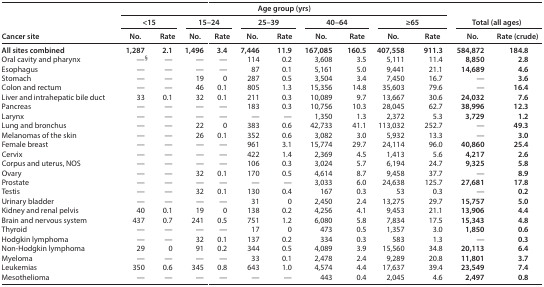
<table><thead><tr><td rowspan="3"><b>Cancer site</b></td><td colspan="10"><b>Age group (yrs)</b></td><td rowspan="2" colspan="2"><b>Total (all ages)</b></td></tr><tr><td colspan="2"><b>&lt;15</b></td><td colspan="2"><b>15–24</b></td><td colspan="2"><b>25–39</b></td><td colspan="2"><b>40–64</b></td><td colspan="2"><b>≥65</b></td></tr><tr><td><b>No.</b></td><td><b>Rate</b></td><td><b>No.</b></td><td><b>Rate</b></td><td><b>No.</b></td><td><b>Rate</b></td><td><b>No.</b></td><td><b>Rate</b></td><td><b>No.</b></td><td><b>Rate</b></td><td><b>No.</b></td><td><b>Rate (crude)</b></td></tr></thead><tbody><tr><td><b>All sites combined</b></td><td><b>1,287</b></td><td><b>2.1</b></td><td><b>1,496</b></td><td><b>3.4</b></td><td><b>7,446</b></td><td><b>11.9</b></td><td><b>167,085</b></td><td><b>160.5</b></td><td><b>407,558</b></td><td><b>911.3</b></td><td><b>584,872</b></td><td><b>184.8</b></td></tr><tr><td>Oral cavity and pharynx</td><td>—<sup>§</sup></td><td>—</td><td>—</td><td>—</td><td>114</td><td>0.2</td><td>3,608</td><td>3.5</td><td>5,111</td><td>11.4</td><td><b>8,850</b></td><td><b>2.8</b></td></tr><tr><td>Esophagus</td><td>—</td><td>—</td><td>—</td><td>—</td><td>87</td><td>0.1</td><td>5,161</td><td>5.0</td><td>9,441</td><td>21.1</td><td><b>14,689</b></td><td><b>4.6</b></td></tr><tr><td>Stomach</td><td>—</td><td>—</td><td>19</td><td>0</td><td>287</td><td>0.5</td><td>3,504</td><td>3.4</td><td>7,450</td><td>16.7</td><td>—</td><td><b>3.6</b></td></tr><tr><td>Colon and rectum</td><td>—</td><td>—</td><td>46</td><td>0.1</td><td>805</td><td>1.3</td><td>15,356</td><td>14.8</td><td>35,603</td><td>79.6</td><td>—</td><td><b>16.4</b></td></tr><tr><td>Liver and intrahepatic bile duct</td><td>33</td><td>0.1</td><td>32</td><td>0.1</td><td>211</td><td>0.3</td><td>10,089</td><td>9.7</td><td>13,667</td><td>30.6</td><td><b>24,032</b></td><td><b>7.6</b></td></tr><tr><td>Pancreas</td><td>—</td><td>—</td><td>—</td><td>—</td><td>183</td><td>0.3</td><td>10,756</td><td>10.3</td><td>28,045</td><td>62.7</td><td><b>38,996</b></td><td><b>12.3</b></td></tr><tr><td>Larynx</td><td>—</td><td>—</td><td>—</td><td>—</td><td>—</td><td>—</td><td>1,350</td><td>1.3</td><td>2,372</td><td>5.3</td><td><b>3,729</b></td><td><b>1.2</b></td></tr><tr><td>Lung and bronchus</td><td>—</td><td>—</td><td>22</td><td>0</td><td>383</td><td>0.6</td><td>42,733</td><td>41.1</td><td>113,032</td><td>252.7</td><td>—</td><td><b>49.3</b></td></tr><tr><td>Melanomas of the skin</td><td>—</td><td>—</td><td>26</td><td>0.1</td><td>352</td><td>0.6</td><td>3,082</td><td>3.0</td><td>5,932</td><td>13.3</td><td>—</td><td><b>3.0</b></td></tr><tr><td>Female breast</td><td>—</td><td>—</td><td>—</td><td>—</td><td>961</td><td>3.1</td><td>15,774</td><td>29.7</td><td>24,114</td><td>96.0</td><td><b>40,860</b></td><td><b>25.4</b></td></tr><tr><td>Cervix</td><td>—</td><td>—</td><td>—</td><td>—</td><td>422</td><td>1.4</td><td>2,369</td><td>4.5</td><td>1,413</td><td>5.6</td><td><b>4,217</b></td><td><b>2.6</b></td></tr><tr><td>Corpus and uterus, NOS</td><td>—</td><td>—</td><td>—</td><td>—</td><td>106</td><td>0.3</td><td>3,024</td><td>5.7</td><td>6,194</td><td>24.7</td><td><b>9,325</b></td><td><b>5.8</b></td></tr><tr><td>Ovary</td><td>—</td><td>—</td><td>32</td><td>0.1</td><td>170</td><td>0.5</td><td>4,614</td><td>8.7</td><td>9,458</td><td>37.7</td><td>—</td><td><b>8.9</b></td></tr><tr><td>Prostate</td><td>—</td><td>—</td><td>—</td><td>—</td><td>—</td><td>—</td><td>3,033</td><td>6.0</td><td>24,638</td><td>125.7</td><td><b>27,681</b></td><td><b>17.8</b></td></tr><tr><td>Testis</td><td>—</td><td>—</td><td>32</td><td>0.1</td><td>130</td><td>0.4</td><td>167</td><td>0.3</td><td>53</td><td>0.3</td><td>—</td><td><b>0.2</b></td></tr><tr><td>Urinary bladder</td><td>—</td><td>—</td><td>—</td><td>—</td><td>31</td><td>0</td><td>2,450</td><td>2.4</td><td>13,275</td><td>29.7</td><td><b>15,757</b></td><td><b>5.0</b></td></tr><tr><td>Kidney and renal pelvis</td><td>40</td><td>0.1</td><td>19</td><td>0</td><td>138</td><td>0.2</td><td>4,256</td><td>4.1</td><td>9,453</td><td>21.1</td><td><b>13,906</b></td><td><b>4.4</b></td></tr><tr><td>Brain and nervous system</td><td>437</td><td>0.7</td><td>241</td><td>0.5</td><td>751</td><td>1.2</td><td>6,080</td><td>5.8</td><td>7,834</td><td>17.5</td><td><b>15,343</b></td><td><b>4.8</b></td></tr><tr><td>Thyroid</td><td>—</td><td>—</td><td>—</td><td>—</td><td>17</td><td>0</td><td>473</td><td>0.5</td><td>1,357</td><td>3.0</td><td><b>1,850</b></td><td><b>0.6</b></td></tr><tr><td>Hodgkin lymphoma</td><td>—</td><td>—</td><td>32</td><td>0.1</td><td>137</td><td>0.2</td><td>334</td><td>0.3</td><td>583</td><td>1.3</td><td>—</td><td><b>0.3</b></td></tr><tr><td>Non-Hodgkin lymphoma</td><td>29</td><td>0</td><td>91</td><td>0.2</td><td>344</td><td>0.5</td><td>4,089</td><td>3.9</td><td>15,560</td><td>34.8</td><td><b>20,113</b></td><td><b>6.4</b></td></tr><tr><td>Myeloma</td><td>—</td><td>—</td><td>—</td><td>—</td><td>33</td><td>0.1</td><td>2,478</td><td>2.4</td><td>9,289</td><td>20.8</td><td><b>11,801</b></td><td><b>3.7</b></td></tr><tr><td>Leukemias</td><td>350</td><td>0.6</td><td>345</td><td>0.8</td><td>643</td><td>1.0</td><td>4,574</td><td>4.4</td><td>17,637</td><td>39.4</td><td><b>23,549</b></td><td><b>7.4</b></td></tr><tr><td>Mesothelioma</td><td>—</td><td>—</td><td>—</td><td>—</td><td>—</td><td>—</td><td>443</td><td>0.4</td><td>2,045</td><td>4.6</td><td><b>2,497</b></td><td><b>0.8</b></td></tr></tbody></table>